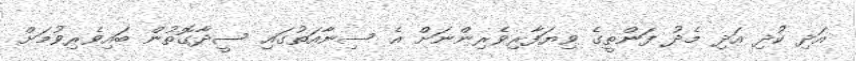
އަދި ކުދި އަދި މެދު ފަންތީގެ ވިޔަފާރިވެރިންނަށް އެ ސިނާއަތުގައި ސީދާގޮތުން ބައިވެރިވުމަށް